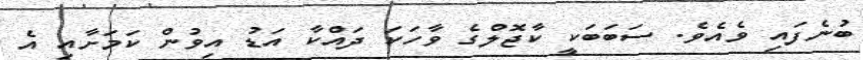
ބުނެފައި ވެއެވެ. ސަބަބަކީ ކާޖޮލްގެ ވާހަކަ ދައްކާ އަޑު އިވުން ކަމަށާއި އެ